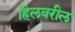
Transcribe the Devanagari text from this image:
हिलवरील